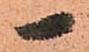
一